Lunatic asylums Bombay report 1891-1903 - 1891-1903
Year: 1891
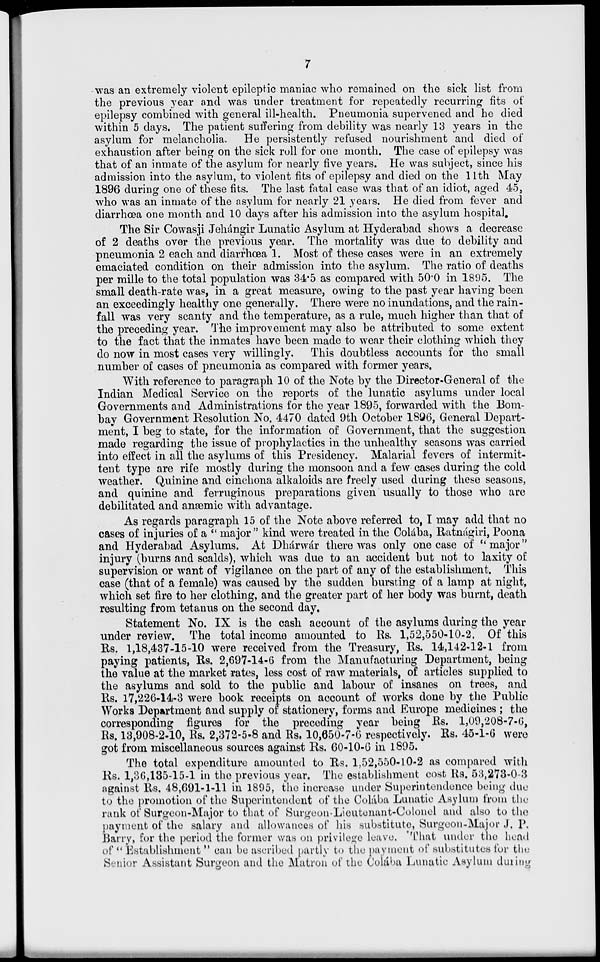
7
was an extremely violent epileptic maniac who remained on the sick list from
the previous year and was under treatment for repeatedly recurring fits of
epilepsy combined with general ill-health. Pneumonia supervened and he died
within 5 days. The patient suffering from debility was nearly 13 years in the
asylum for melancholia. He persistently refused nourishment and died of
exhaustion after being on the sick roll for one month. The case of epilepsy was
that of an inmate of the asylum for nearly five years. He was subject, since his
admission into the asylum, to violent fits of epilepsy and died on the 11th May
1896 during one of these fits. The last fatal case was that of an idiot, aged 45,
who was an inmate of the asylum for nearly 21 years. He died from fever and
diarrhoea one month and 10 days after his admission into the asylum hospital
The Sir Cowasji Jehángir Lunatic Asylum at Hyderabad shows a decrease
of 2 deaths over the previous year. The mortality was due to debility and
pneumonia 2 each and diarrhœa 1. Most of these cases were in an extremely
emaciated condition on their admission into the asylum. The ratio of deaths
per mille to the total population was 34.5 as compared with 50.0 in 1895. The
small death-rate was, in a great measure, owing to the past year having been
an exceedingly healthy one generally. There were no inundations, and the rain-
fall was very scanty and the temperature, as a rule, much higher than that of
the preceding year. The improvement may also be attributed to some extent
to the fact that the inmates have been made to wear their clothing which they
do now in most cases very willingly. This doubtless accounts for the small
number of cases of pneumonia as compared with former years.
With reference to paragraph 10 of the Note by the Director-General of the
Indian Medical Service on the reports of the lunatic asylums under local
Governments and Administrations for the year 1895, forwarded with the Bom-
bay Government Resolution No. 4470 dated 9th October 1896, General Depart-
ment, I beg to state, for the information of Government, that the suggestion
made regarding the issue of prophylactics in the unhealthy seasons was carried
into effect in all the asylums of this Presidency. Malarial fevers of intermit-
tent type are rife mostly during the monsoon and a few cases during the cold
weather. Quinine and cinchona alkaloids are freely used during these seasons,
and quinine and ferruginous preparations given usually to those who are
debilitated and anæmic with advantage.
As regards paragraph 15 of the Note above referred to, I may add that no
cases of injuries of a "major" kind were treated in the Colába, Ratnágiri, Poona
and Hyderabad Asylums. At Dhárwár there was only one case of " major"
injury (burns and scalds), which was due to an accident but not to laxity of
supervision or want of vigilance on the part of any of the establishment. This
case (that of a female) was caused by the sudden bursting of a lamp at night,
which set fire to her clothing, and the greater part of her body was burnt, death
resulting from tetanus on the second day.
Statement No. IX is the cash account of the asylums during the year
under review. The total income amounted to Rs. 1,52,550-10-2. Of this
Rs. 1,18,437-15-10 were received from the Treasury, Rs. 14,142-12-1 from
paying patients, Rs. 2,697-14-6 from the Manufacturing Department, being
the value at the market rates, less cost of raw materials, of articles supplied to
the asylums and sold to the public and labour of insanes on trees, and
Rs. 17,226-14-3 were book receipts on account of works done by the Public
Works Department and supply of stationery, forms and Europe medicines ; the
corresponding figures for the preceding year being Rs. 1,09,208-7-6,
Rs. 13,908-2-10, Rs. 2,372-5-8 and Rs. 10,650-7-6 respectively. Rs. 45-1-6 were
got from miscellaneous sources against Rs. 60-10-6 in 1895.
The total expenditure amounted to Rs. 1,52,550-10-2 as compared with
Rs. 1,36,135-15-1 in the previous year. The establishment cost Rs. 53,273-0-3
against Rs. 48,691-1-11 in 1895, the increase under Superintendence being due
to the promotion of the Superintendent of the Colába Lunatic Asylum from the
rank of Surgeon-Major to that of Surgeon-Lieutenant-Colonel and also to the
payment of the salary and allowances of his substitute, Surgeon-Major J. P.
Barry, for the period the former was on privilege leave. That under the head
of "Establishment " can be ascribed partly to the payment of substitutes for the
Senior Assistant Surgeon and the Matron of the Colába Lunatic Asylum during